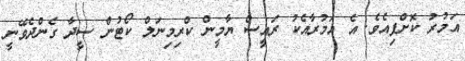
އަމުރު ކޮށްފިއެވެ. އެ އަމުރާއެކު ރައީސް ޔާމީން ކްރިމިނަލް ކޯޓުން ސީދާ ގެންދެވޭނީ